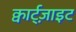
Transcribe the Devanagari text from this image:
क्वार्ट्‌ज़ाइट